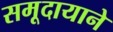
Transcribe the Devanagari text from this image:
समूदायाने